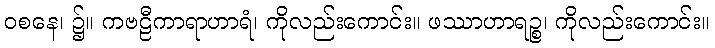
ဝစနေ၊ ၌။ ကဗဠီကာရာဟာရံ၊ ကိုလည်းကောင်း။ ဖဿာဟာရဉ္စ၊ ကိုလည်းကောင်း။